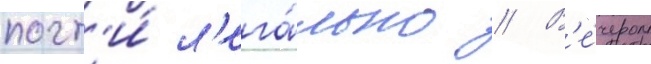
почт'и́ л'ега́льно // В'е́чером